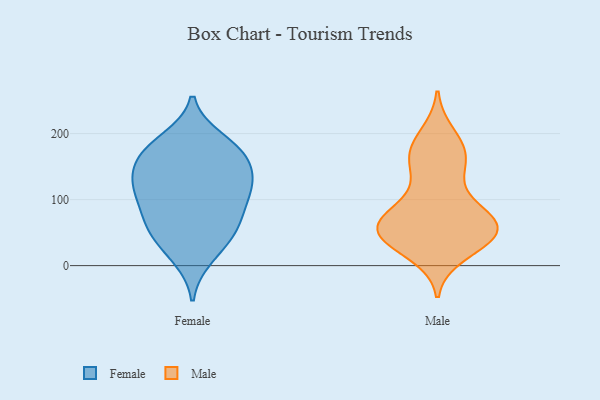
{"axis": {"x": "Operating Costs (USD K)", "y": "Value"}, "legend": ["Female", "Male"], "data": [{"x": "", "y": 190, "type": "Female"}, {"x": "", "y": 123, "type": "Female"}, {"x": "", "y": 162, "type": "Female"}, {"x": "", "y": 13, "type": "Female"}, {"x": "", "y": 29, "type": "Female"}, {"x": "", "y": 119, "type": "Female"}, {"x": "", "y": 126, "type": "Female"}, {"x": "", "y": 181, "type": "Female"}, {"x": "", "y": 56, "type": "Female"}, {"x": "", "y": 72, "type": "Female"}, {"x": "", "y": 171, "type": "Female"}, {"x": "", "y": 168, "type": "Female"}, {"x": "", "y": 66, "type": "Female"}, {"x": "", "y": 109, "type": "Female"}, {"x": "", "y": 141, "type": "Female"}, {"x": "", "y": 57, "type": "Female"}, {"x": "", "y": 105, "type": "Female"}, {"x": "", "y": 93, "type": "Male"}, {"x": "", "y": 37, "type": "Male"}, {"x": "", "y": 72, "type": "Male"}, {"x": "", "y": 55, "type": "Male"}, {"x": "", "y": 138, "type": "Male"}, {"x": "", "y": 180, "type": "Male"}, {"x": "", "y": 41, "type": "Male"}, {"x": "", "y": 78, "type": "Male"}, {"x": "", "y": 48, "type": "Male"}, {"x": "", "y": 59, "type": "Male"}, {"x": "", "y": 197, "type": "Male"}, {"x": "", "y": 176, "type": "Male"}, {"x": "", "y": 46, "type": "Male"}, {"x": "", "y": 45, "type": "Male"}, {"x": "", "y": 19, "type": "Male"}, {"x": "", "y": 73, "type": "Male"}, {"x": "", "y": 62, "type": "Male"}, {"x": "", "y": 157, "type": "Male"}, {"x": "", "y": 156, "type": "Male"}]}